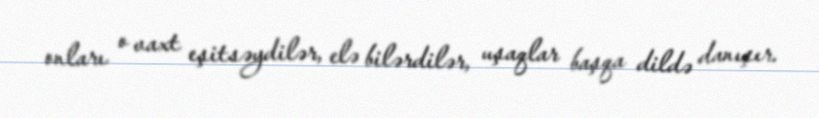
onları o vaxt eşitsəydilər, elə bilərdilər, uşaqlar başqa dildə danışır.